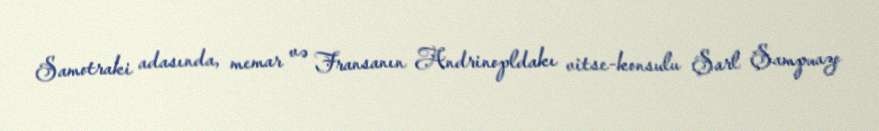
Samotraki adasında, memar və Fransanın Andrinopldakı vitse-konsulu Şarl Şampuazo